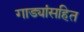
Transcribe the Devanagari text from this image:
गाड्यांसहित